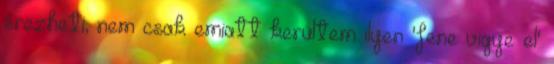
érezheti, nem csak emiatt kerültem ilyen 'fene vigye el'